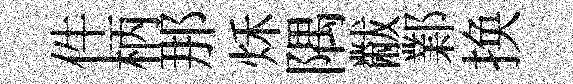
件柄那秌隅黻鄴换